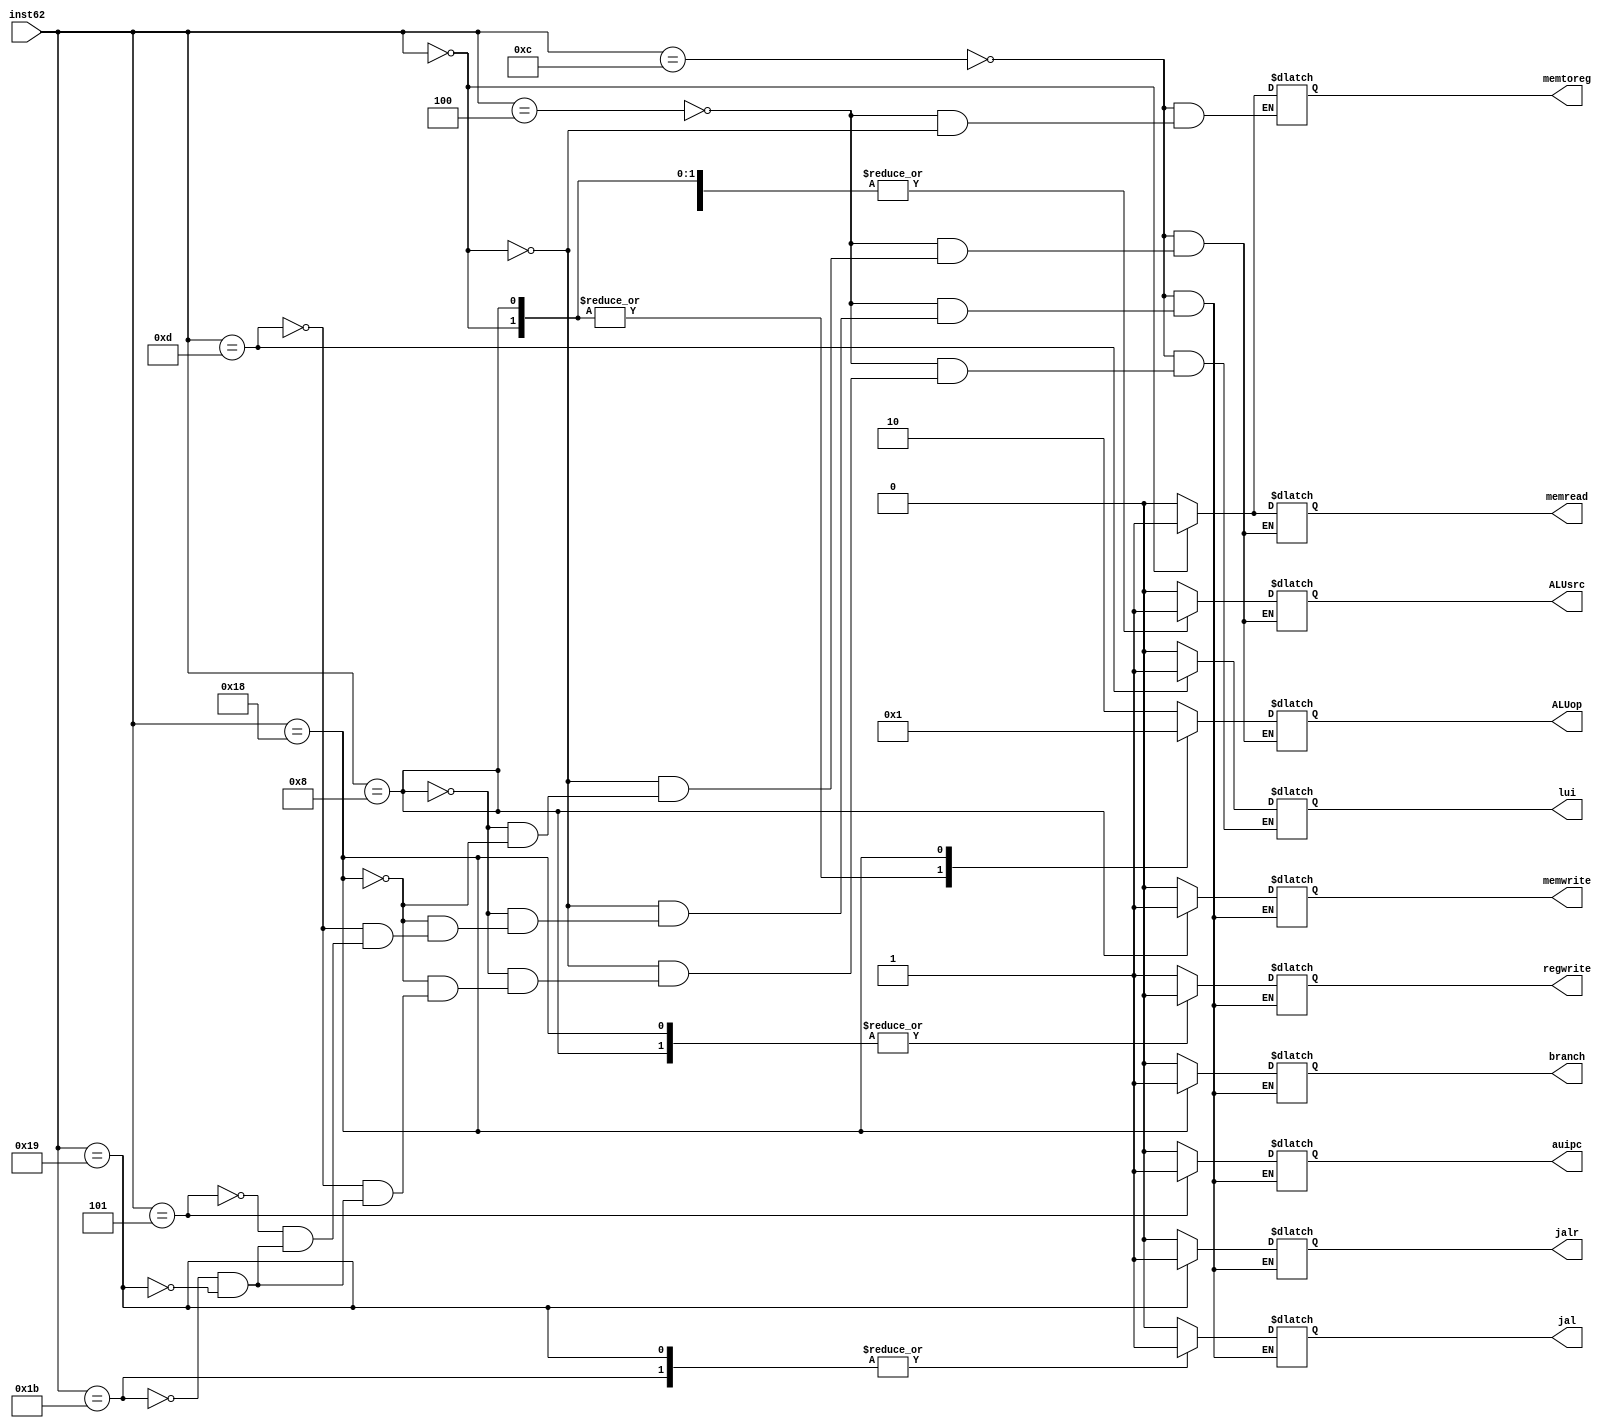
`timescale 1ns / 1ps
//////////////////////////////////////////////////////////////////////////////////
// Company: 
// Engineer: 
// 
// Design Name: 
// Module Name: cu
// Project Name: 
// Target Devices: 
// Tool Versions: 
// Description: 
// 
// Dependencies: 
// 
// Revision:
// Revision 0.01 - File Created
// Additional Comments:
// 
//////////////////////////////////////////////////////////////////////////////////


module cu(
    input [4:0] inst62,
    output reg branch,
    output reg memread,
    output reg memtoreg,
    output reg [1:0] ALUop,
    output reg memwrite,
    output reg ALUsrc,
    output reg regwrite,
    output reg jal,
    output reg jalr,
    output reg lui, 
    output reg auipc
    );
    
    always@* begin
        case(inst62)
            5'b01100: begin branch = 0; memread = 0; memtoreg = 0; ALUop = 2; memwrite = 0; ALUsrc = 0; regwrite = 1; auipc = 0; lui = 0; jal = 0; jalr = 0; end
            5'b00100: begin branch = 0; memread = 0; memtoreg = 0; ALUop = 2; memwrite = 0; ALUsrc = 1; regwrite = 1; auipc = 0; lui = 0; jal = 0; jalr = 0; end
            5'b00000: begin branch = 0; memread = 1; memtoreg = 1; ALUop = 0; memwrite = 0; ALUsrc = 1; regwrite = 1; auipc = 0; lui = 0; jal = 0; jalr = 0; end
            5'b01000: begin branch = 0; memread = 0; ALUop = 0; memwrite = 1; ALUsrc = 1; regwrite = 0; auipc = 0; lui = 0; jal = 0; jalr = 0; end
            5'b11000: begin branch = 1; memread = 0; ALUop = 1; memwrite = 0; ALUsrc = 0; regwrite = 0; auipc = 0; lui = 0; jal = 0; jalr = 0; end // branch
            5'b01101: begin branch = 0; lui = 1; auipc = 0; jal = 0; jalr = 0; regwrite = 1; memwrite = 0; end // lui
            5'b00101: begin branch = 0; auipc = 1; regwrite = 1; memwrite = 0; jal = 0; jalr = 0;   end // auipc
            5'b11011: begin branch = 0; auipc = 0; lui = 0; jal = 1; jalr = 0;  memwrite = 0;  regwrite = 1; end // jal
            5'b11001: begin branch = 0; auipc = 0; lui = 0; jal = 1; jalr = 1;  memwrite = 0;  regwrite = 1;; end // jalr
        endcase
    end
endmodule